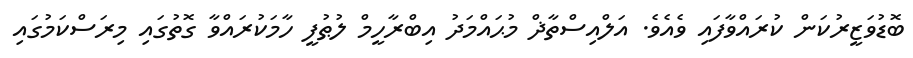
ބޮޑުވަޒީރުކަން ކުރައްވާފައި ވެއެވެ. އަލްއިސްތާޛް މުޙައްމަދު އިބްރާހީމް ލުޠުފީ ހާމަކުރައްވާ ގޮތުގައި މިރަސްކަމުގައި